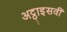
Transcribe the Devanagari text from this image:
अट्ठाइसवीं